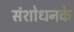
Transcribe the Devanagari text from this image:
संशोधनके